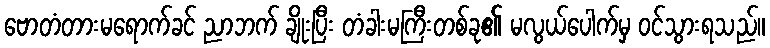
ဗောတံတားမရောက်ခင် ညာဘက် ချိုးပြီး တံခါးမကြီးတစ်ခု၏ မလွယ်ပေါက်မှ ဝင်သွားရသည်။